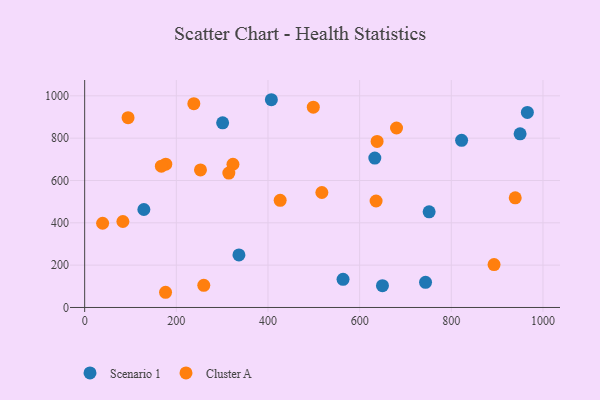
{"axis": {"x": "Investment", "y": "Demand"}, "legend": ["Cluster A", "Scenario 1"], "data": [{"x": "301.1", "y": 872.3, "type": "Scenario 1"}, {"x": "407.4", "y": 981.6, "type": "Scenario 1"}, {"x": "336.6", "y": 248.3, "type": "Scenario 1"}, {"x": "950.1", "y": 820.4, "type": "Scenario 1"}, {"x": "633.1", "y": 705.7, "type": "Scenario 1"}, {"x": "751.6", "y": 452.0, "type": "Scenario 1"}, {"x": "966.0", "y": 921.4, "type": "Scenario 1"}, {"x": "743.8", "y": 118.6, "type": "Scenario 1"}, {"x": "563.8", "y": 132.8, "type": "Scenario 1"}, {"x": "822.5", "y": 789.7, "type": "Scenario 1"}, {"x": "129.2", "y": 462.8, "type": "Scenario 1"}, {"x": "649.8", "y": 103.2, "type": "Scenario 1"}, {"x": "323.6", "y": 676.8, "type": "Cluster A"}, {"x": "638.1", "y": 784.4, "type": "Cluster A"}, {"x": "893.3", "y": 202.5, "type": "Cluster A"}, {"x": "252.7", "y": 649.9, "type": "Cluster A"}, {"x": "177.0", "y": 677.1, "type": "Cluster A"}, {"x": "635.9", "y": 503.1, "type": "Cluster A"}, {"x": "259.9", "y": 104.7, "type": "Cluster A"}, {"x": "83.4", "y": 406.1, "type": "Cluster A"}, {"x": "680.5", "y": 848.0, "type": "Cluster A"}, {"x": "939.5", "y": 518.2, "type": "Cluster A"}, {"x": "176.5", "y": 71.8, "type": "Cluster A"}, {"x": "167.4", "y": 667.5, "type": "Cluster A"}, {"x": "94.7", "y": 897.0, "type": "Cluster A"}, {"x": "426.6", "y": 506.4, "type": "Cluster A"}, {"x": "517.6", "y": 543.3, "type": "Cluster A"}, {"x": "314.6", "y": 635.1, "type": "Cluster A"}, {"x": "39.2", "y": 397.9, "type": "Cluster A"}, {"x": "498.9", "y": 946.4, "type": "Cluster A"}, {"x": "238.2", "y": 963.1, "type": "Cluster A"}]}